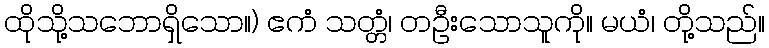
ထိုသို့သဘောရှိသော။) ဧကံ သတ္တံ၊ တဦးသောသူကို။ မယံ၊ တို့သည်။